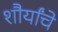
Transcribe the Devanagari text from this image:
शौर्यांचे